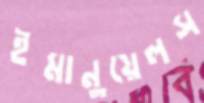
ইমানুয়েলস